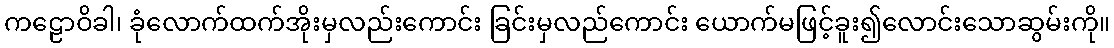
ကဠောဝိခါ၊ ခုံလောက်ထက်အိုးမှလည်းကောင်း ခြင်းမှလည်ကောင်း ယောက်မဖြင့်ခူး၍လောင်းသောဆွမ်းကို။